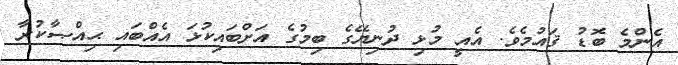
އެންމެ ބޮޑު ޤައުމެވެ. އެއީ މުޅި ދުނިޔޭގެ ބިމުގެ އަށްބައިކުޅަ އެއްބައި ޙިއްޞާކުރާ